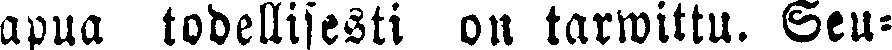
apua todellisesti on tarwittu. Seu-